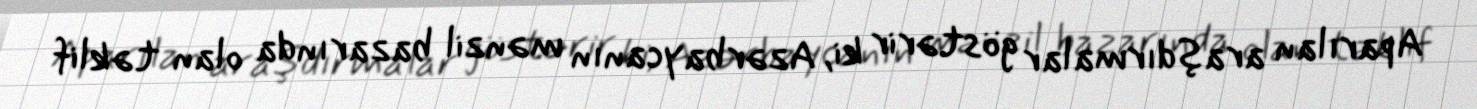
Aparılan araşdırmalar göstərir ki, Azərbaycanın mənzil bazarında olan təklif